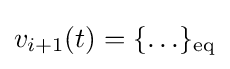
v_{i+1}(t)=\{\ldots \}_{\text{eq}}